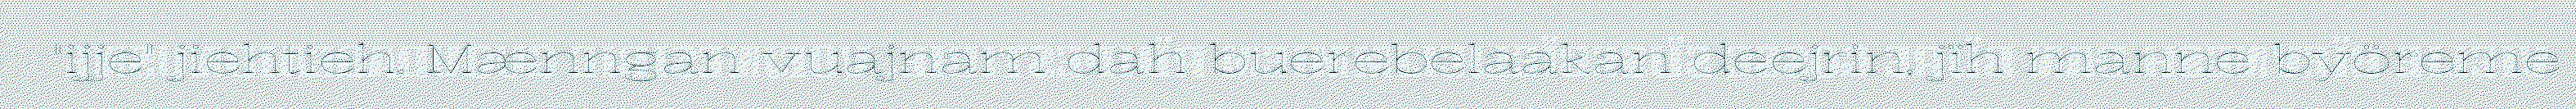
"ijje" jiehtieh. Mænngan vuajnam dah buerebelaakan deejrin, jïh manne byöreme